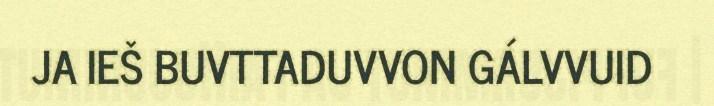
JA IEŠ BUVTTADUVVON GÁLVVUID